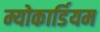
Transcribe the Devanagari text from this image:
म्योकार्डियम